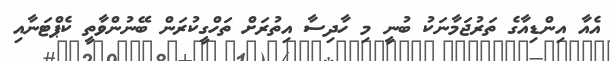
އެއާ އިންޑިއާގެ ތަރުޖަމާނަކު ބުނީ މި ހާދިސާ އިތުރަށް ތަހްގީކުރަން ބޭނުންވާތީ ކެޕްޓަނާއި